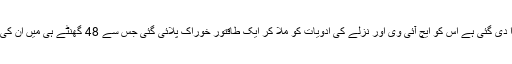
ان مریضوں کو جو دوا دی گئی ہے اس کو ایچ آئی وی اور نزلے کی ادویات کو ملا کر ایک طاقتور خوراک پلائی گئی جس سے 48 گھنٹے ہی میں ان کی حالت بہتر ہونے لگی۔